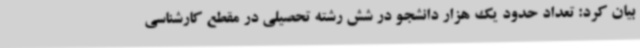
بیان کرد: تعداد حدود یک هزار دانشجو در شش رشته تحصیلی در مقطع کارشناسی